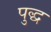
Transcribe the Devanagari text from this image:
पुद्ध